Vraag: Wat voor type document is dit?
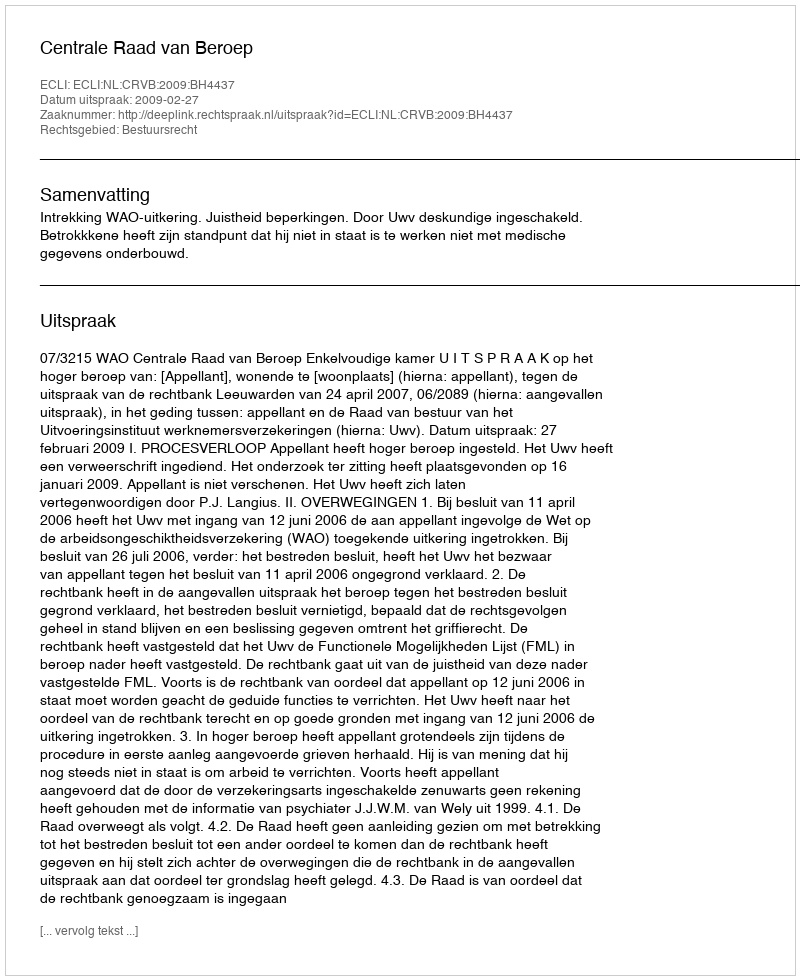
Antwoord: Uitspraak